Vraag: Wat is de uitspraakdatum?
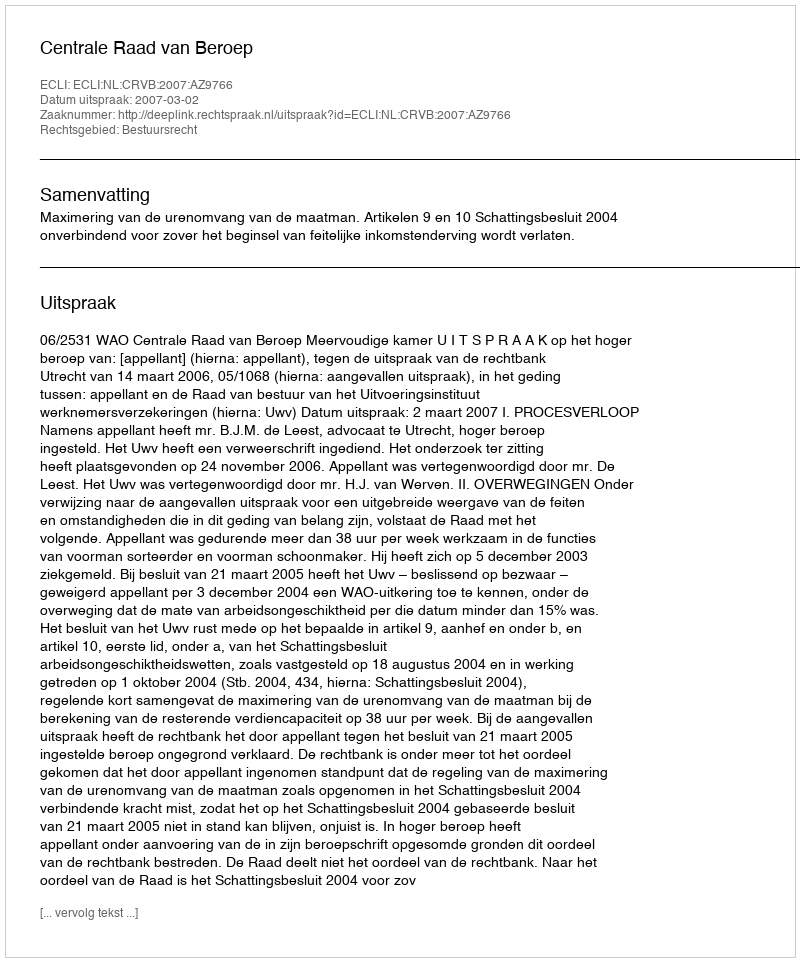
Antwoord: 2007-03-02